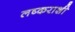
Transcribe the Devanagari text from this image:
लष्कराशी